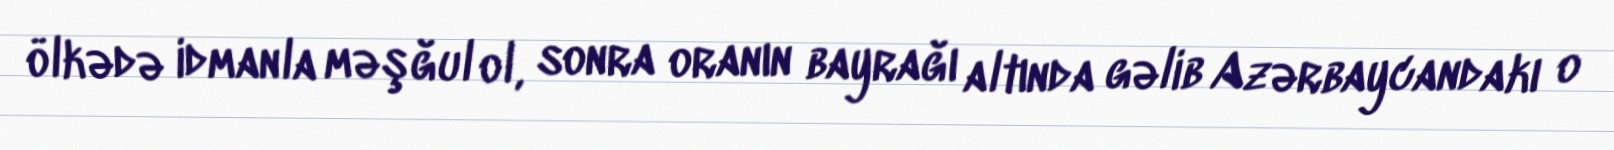
ölkədə idmanla məşğul ol, sonra oranın bayrağı altında gəlib Azərbaycandakı o